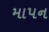
માપન